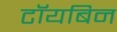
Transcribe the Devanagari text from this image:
टॉयबिन